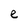
Character: e